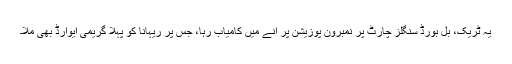
یہ ٹریک، بل بورڈ سنگلز چارٹ پر نمبروَن پوزیشن پر آنے میں کامیاب رہا، جس پر ریہانا کو پہلا گریمی ایوارڈ بھی ملا۔